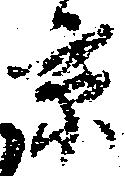
京